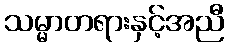
သမ္မာတရားနှင့်အညီ